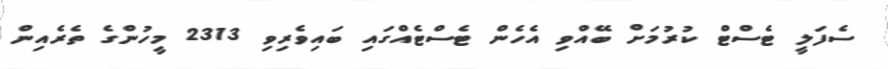
ސެފަލީ ޓެސްޓް ކުރުމަށް ބޭއްވި އެހެން ޓެސްޓެއްގައި ބައިވެރިވި 2313 މީހުންގެ ތެރެއިން